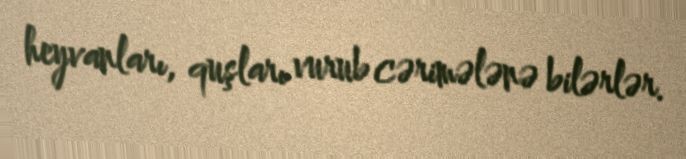
heyvanları, quşları vurub cərimələnə bilərlər.